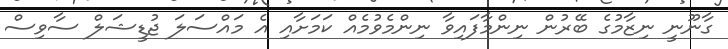
ގާނޫނީ ނިޒާމުގެ ބޭރުން ނިންމާފައިވާ ނިންމެވުމެއް ކަމަށާއި އެ މައްސަލަ ޖުޑީޝަލް ސާވިސް